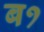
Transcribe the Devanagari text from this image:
ब१